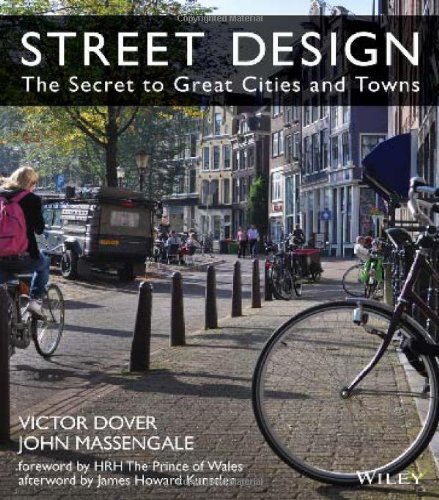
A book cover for Street Design: The Secret to Great Cities and Towns; John Massengale; Arts & Photography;